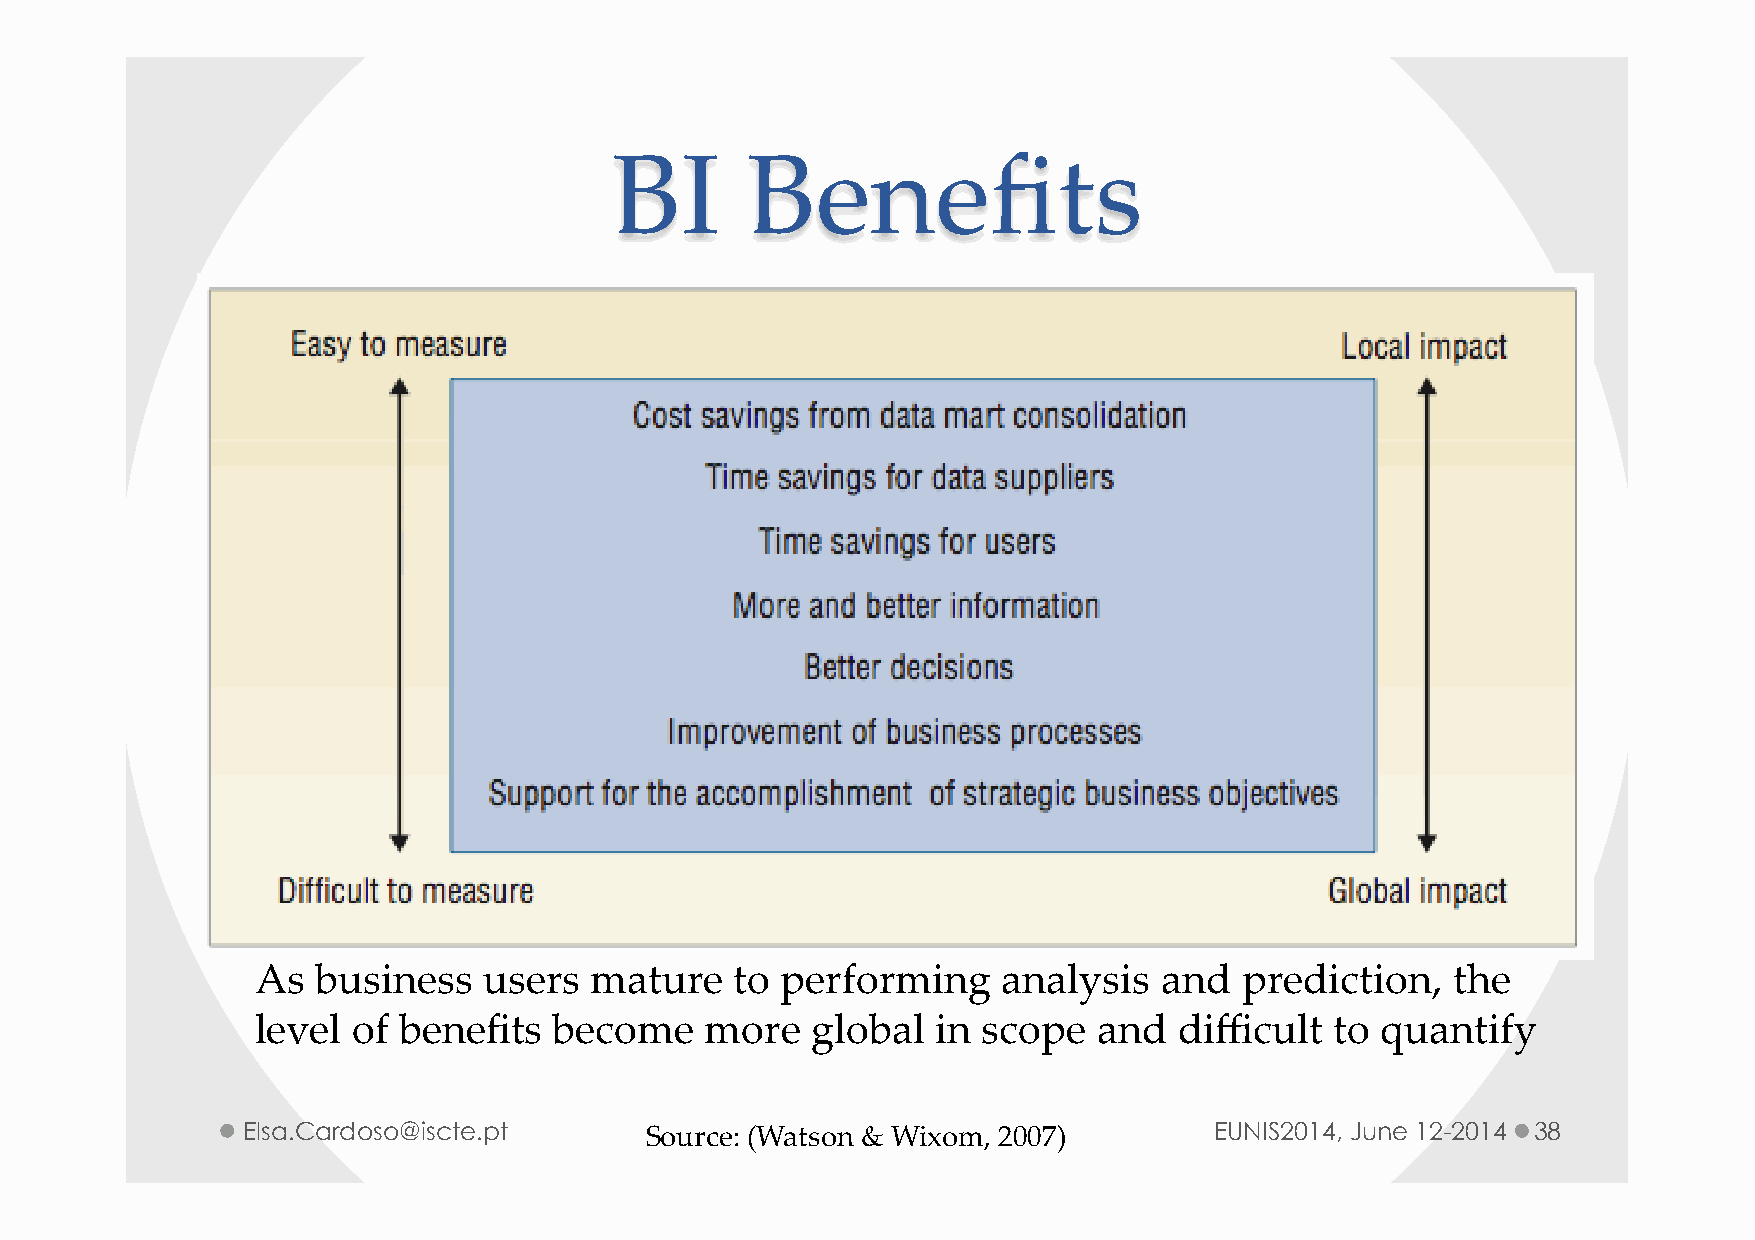
BI      Benefits
 As  business   users  mature    to performing    analysis   and  prediction,   the
 level of benefits   become    more   global  in scope   and  difficult to quantify
 Elsa.Cardoso@iscte.pt      Source: (Watson & Wixom, 2007)       EUNIS2014, June 12-2014 38